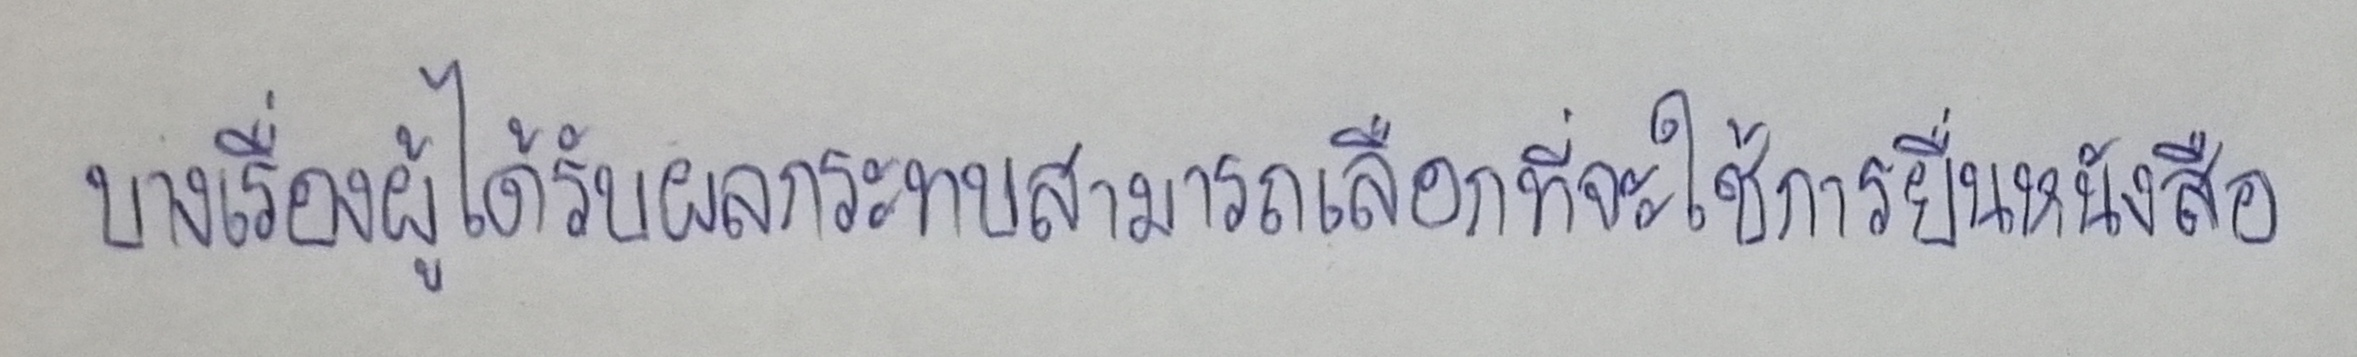
บางเรื่องผู้ได้รับผลกระทบสามารถเลือกที่จะใช้การยื่นหนังสือ